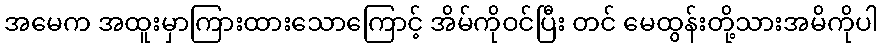
အမေက အထူးမှာကြားထားသောကြောင့် အိမ်ကိုဝင်ပြီး တင် မေထွန်းတို့သားအမိကိုပါ